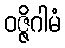
ဝဇ္ဇိဂါမံ